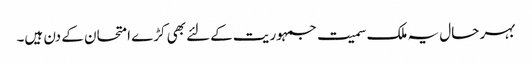
بہر حال یہ ملک سمیت جمہوریت کےلئے بھی کڑے امتحان کے دن ہیں۔